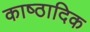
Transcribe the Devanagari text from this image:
काष्‍ठादिक